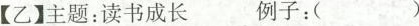
【乙】主题：读书成长 例子：()